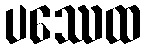
ပဿေထ